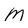
Character: M